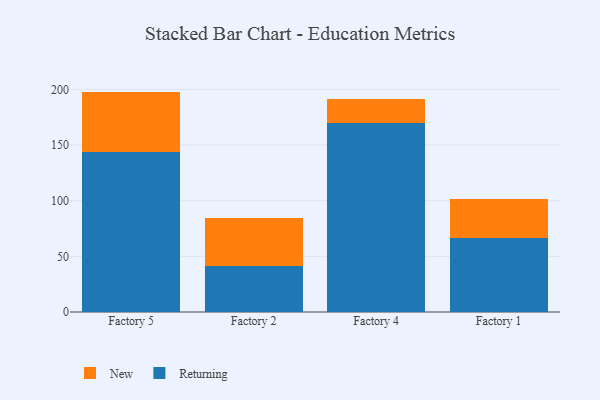
{"axis": {"x": "Factory", "y": "Budget (USD K)"}, "legend": ["New", "Returning"], "data": [{"x": "Factory 5", "y": 144.0, "type": "Returning"}, {"x": "Factory 5", "y": 54.0, "type": "New"}, {"x": "Factory 2", "y": 41.7, "type": "Returning"}, {"x": "Factory 2", "y": 42.9, "type": "New"}, {"x": "Factory 4", "y": 170.1, "type": "Returning"}, {"x": "Factory 4", "y": 21.3, "type": "New"}, {"x": "Factory 1", "y": 66.4, "type": "Returning"}, {"x": "Factory 1", "y": 35.1, "type": "New"}]}